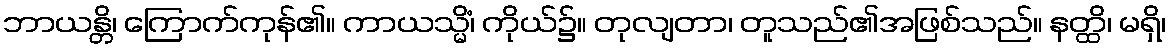
ဘာယန္တိ၊ ကြောက်ကုန်၏။ ကာယသ္မိံ၊ ကိုယ်၌။ တုလျတာ၊ တူသည်၏အဖြစ်သည်။ နတ္ထိ၊ မရှိ၊